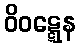
ဝိဝဋ္ဋေန